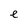
Character: e